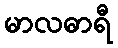
မာလဓာရီ